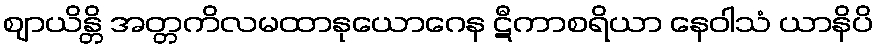
ဈာယိန္တိ အတ္တကိလမထာနုယောဂေန ဋီကာစရိယာ နေဝါသံ ယာနိပိ